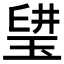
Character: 𤦨